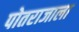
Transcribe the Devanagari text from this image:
पोतराजाला